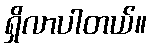
ရှိလာပါတယ်။